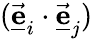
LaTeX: (\underline{{\vec{\mathbf e}}}_{i}\cdot\underline{{\vec{\mathbf e}}}_{j})